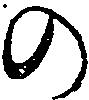
の